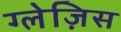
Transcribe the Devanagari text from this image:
ग्लेज़िस